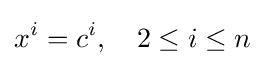
x^{i}=c^{i},\quad 2\leq i\leq n